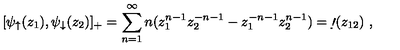
[ \psi _ { \uparrow } ( z _ { 1 } ) , \psi _ { \downarrow } ( z _ { 2 } ) ] _ { + } = \sum _ { n = 1 } ^ { \infty } n ( z _ { 1 } ^ { n - 1 } z _ { 2 } ^ { - n - 1 } - z _ { 1 } ^ { - n - 1 } z _ { 2 } ^ { n - 1 } ) = \d ^ { \prime } ( z _ { 1 2 } ) \ ,